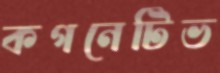
কগনেটিভ